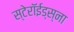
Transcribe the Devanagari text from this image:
स्टेरॉईड्स्ना